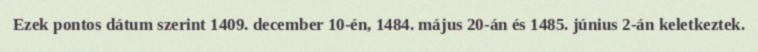
Ezek pontos dátum szerint 1409. december 10-én, 1484. május 20-án és 1485. június 2-án keletkeztek.